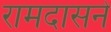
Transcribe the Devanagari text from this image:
रामदासने